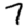
Digit: 7